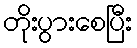
တိုးပွားစေပြီး